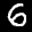
Label: 6